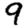
Digit: 9